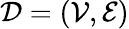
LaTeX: \mathcal{D}=(\mathcal{V},\mathcal{E})